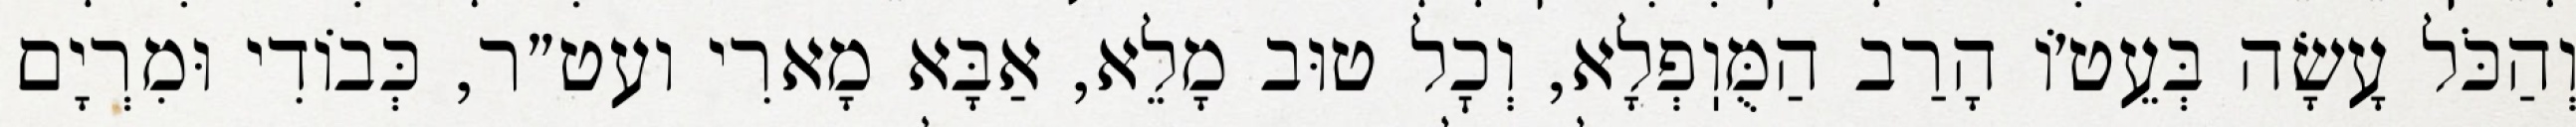
וְהַכֹּל עָשָׂה בְּעֵט׳וֹ הָרַב הַמֻּוֽפְלָא, וְכׇל טוּב מָלֵא, אַבָּא מָארִי ועט״ר, כְּבוֹדִי וּמִרְיָם